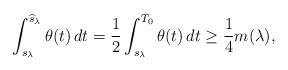
LaTeX: \begin{align*}\int_{s_{\lambda}}^{\widehat{s}_{\lambda}}\theta(t)\,dt=\frac{1}{2}\int_{s_{\lambda}}^{T_{0}}\theta(t)\,dt\geq\frac{1}{4}m(\lambda),\end{align*}